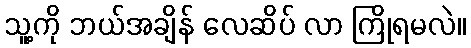
သူ့ကို ဘယ်အချိန် လေဆိပ် လာ ကြိုရမလဲ။